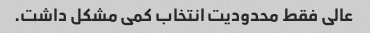
عالی فقط محدودیت انتخاب کمی مشکل داشت.